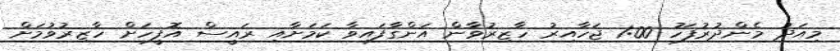
މިއަދު މެންދުރުފަހު 1:00 ޖަހާއިރު ހާޒިރުވާން އަންގާފައިވާ ކަމަށާއި ރައީސް އޮފީހަށް ހާޒިރުވުމަށް